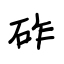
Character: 砟